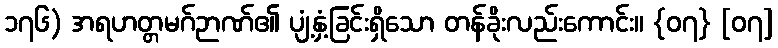
၁၇၆) အရဟတ္တမဂ်ဉာဏ်၏ ပျံ့နှံ့ခြင်းရှိသော တန်ခိုးလည်းကောင်း။ {၀၇} [၀၇]